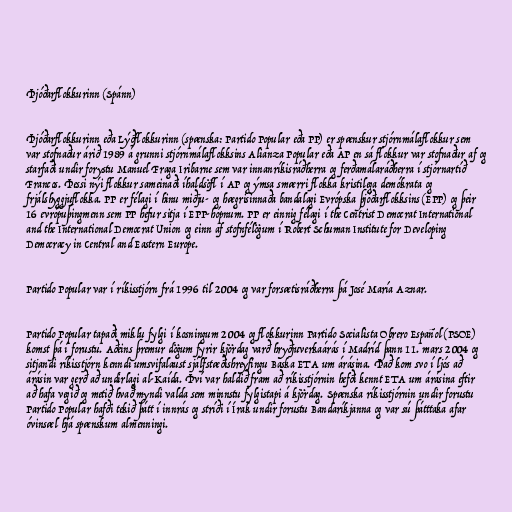
Þjóðarflokkurinn (Spánn)

Þjóðarflokkurinn eða Lýðflokkurinn (spænska: Partido Popular eða PP) er spænskur stjórnmálaflokkur sem
var stofnaður árið 1989 á grunni stjórnmálaflokksins Alianza Popular eða AP en sá flokkur var stofnaður af og
starfaði undir forystu Manuel Fraga Iribarne sem var innanríkisráðherra og ferðamálaráðherra í stjórnartíð
Francos. Þessi nýi flokkur sameinaði íhaldsöfl í AP og ýmsa smærri flokka kristilega demókrata og
frjálshyggjuflokka. PP er félagi í hinu miðju- og hægrisinnaða bandalagi Evrópska þjóðarflokksins (EPP) og þeir
16 evrópuþingmenn sem PP hefur sitja í EPP-hópnum. PP er einnig félagi í the Centrist Democrat International
and the International Democrat Union og einn af stofnfélögum í Robert Schuman Institute for Developing
Democracy in Central and Eastern Europe.

Partido Popular var í ríkisstjórn frá 1996 til 2004 og var forsætisráðherra þá José María Aznar.

Partido Popular tapaði miklu fylgi í kosningum 2004 og flokkurinn Partido Socialista Obrero Español (PSOE)
komst þá í forustu. Aðeins þremur dögum fyrir kjördag varð hryðjuverkaárás í Madríd þann 11. mars 2004 og
sitjandi ríkisstjórn kenndi umsvifalaust sjálfstæðishreyfingu Baska ETA um árásina. Það kom svo í ljós að
árásin var gerð að undirlagi al-Kaída. Því var haldið fram að ríkisstjórnin hefði kennt ETA um árásina eftir
að hafa vegið og metið hvað myndi valda sem minnstu fylgistapi á kjördag. Spænska ríkisstjórnin undir forustu
Partido Popular hafði tekið þátt í innrás og stríði í Írak undir forustu Bandaríkjanna og var sú þátttaka afar
óvinsæl hjá spænskum almenningi.